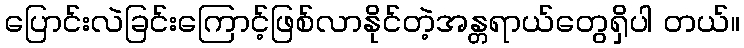
ပြောင်းလဲခြင်းကြောင့်ဖြစ်လာနိုင်တဲ့အန္တရာယ်တွေရှိပါ တယ်။